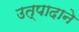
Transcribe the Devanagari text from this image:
उत्पादाने